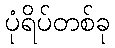
ပုံရိပ်တစ်ခု